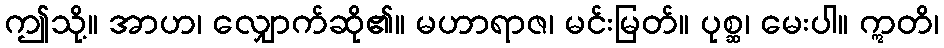
ဤသို့။ အာဟ၊ လျှောက်ဆို၏။ မဟာရာဇ၊ မင်းမြတ်။ ပုစ္ဆ၊ မေးပါ။ ဣတိ၊